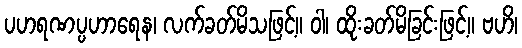
ပဟရဏပ္ပဟာရေန၊ လက်ခတ်မိသဖြင့်။ ဝါ၊ ထိုးခတ်မိခြင်းဖြင့်။ ဗဟိ၊